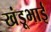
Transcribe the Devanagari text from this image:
खंडूभाई